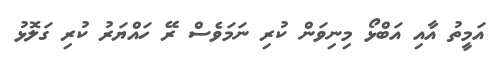
އަމީތު އާއި އަބްޅޯ މިނިވަން ކުރި ނަމަވެސް ރޭ ހައްޔަރު ކުރި ގަލޮޅު